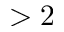
> 2